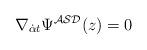
LaTeX: \begin{align*}\nabla _{{\dot \alpha}t}\Psi ^{{\cal ASD}}(z)=0\end{align*}